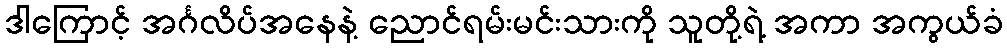
ဒါကြောင့် အင်္ဂလိပ်အနေနဲ့ ညောင်ရမ်းမင်းသားကို သူတို့ရဲ့ အကာ အကွယ်ခံ